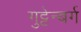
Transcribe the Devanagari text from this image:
गुट्टेन्बर्ग